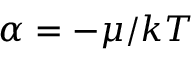
\alpha = - \mu / k T